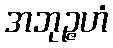
အဘုဉ္ဇဟံ